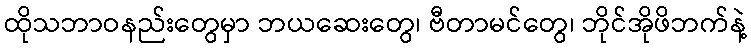
ထိုသဘာဝနည်းတွေမှာ ဘယဆေးတွေ၊ ဗီတာမင်တွေ၊ ဘိုင်အိုဖိဘက်နဲ့